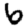
Digit: 6